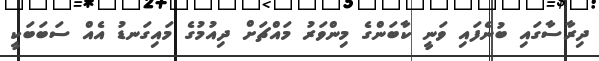
ދިރާސާގައި ބުނެފައި ވަނީ ކާބަންގެ މިންވަރު މައްޗަށް ދިއުމުގެ މައިގަނޑު އެއް ސަބަބަކީ